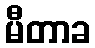
မီတာခ